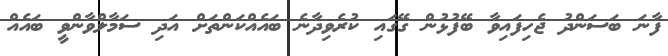
ފާނަ ބަސަންދު ޖެހިފައިވާ ބޭފުޅުން ގޭގައި ކުރެވިދާނެ ބައެއްކަންތަށް އަދި ސަމާލްވާންވީ ބައެއް